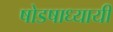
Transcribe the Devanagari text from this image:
षोडषाध्यायी